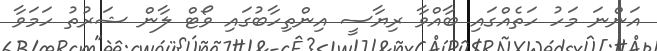
އަންނަ މަހު ހަތެއްގައި ބާއްވާ ރިޔާސީ އިންތިހާބުގައި ވޯޓް ލާން ޝަރުތު ހަމަވާ